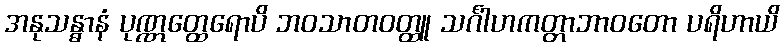
အနုသန္ဓာနံ ပုဏ္ဏတ္ထေရောပိ ဘဝသာတဝတ္ထူ သင်္ဂါဟကတ္တာဘာဝတော ပရိဟာယိ